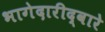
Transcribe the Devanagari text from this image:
भागेदारीद्वारे